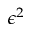
\epsilon ^ { 2 }